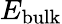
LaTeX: E_{\mathrm{bulk}}